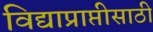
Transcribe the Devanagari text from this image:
विद्याप्राप्तीसाठी